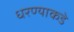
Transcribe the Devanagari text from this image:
धरण्याकडे